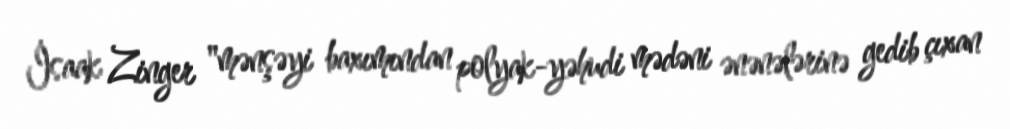
İsaak Zinger "mənşəyi baxımından polyak-yəhudi mədəni ənənələrinə gedib çıxan